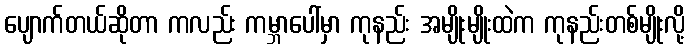
ပျောက်တယ်ဆိုတာ ကလည်း ကမ္ဘာပေါ်မှာ ကုနည်း အမျိုးမျိုးထဲက ကုနည်းတစ်မျိုးလို့